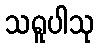
သရူပါသု